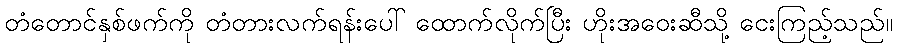
တံတောင်နှစ်ဖက်ကို တံတားလက်ရန်းပေါ် ထောက်လိုက်ပြီး ဟိုးအဝေးဆီသို့ ငေးကြည့်သည်။